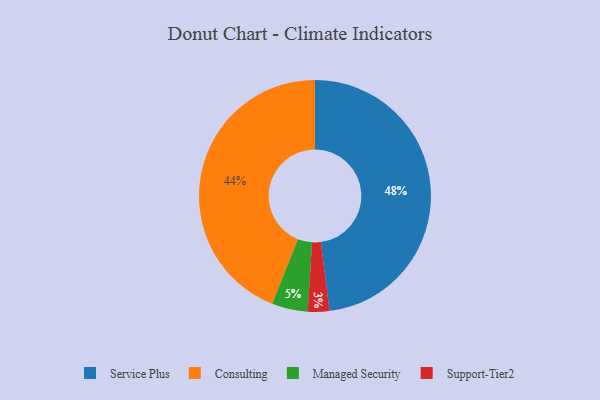
{"axis": {"x": "Category", "y": "Percentage"}, "legend": ["Consulting", "Managed Security", "Service Plus", "Support-Tier2"], "data": [{"x": "Consulting", "y": 44, "type": "Consulting"}, {"x": "Support-Tier2", "y": 3, "type": "Support-Tier2"}, {"x": "Service Plus", "y": 48, "type": "Service Plus"}, {"x": "Managed Security", "y": 5, "type": "Managed Security"}]}